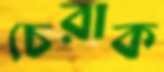
চেরাক